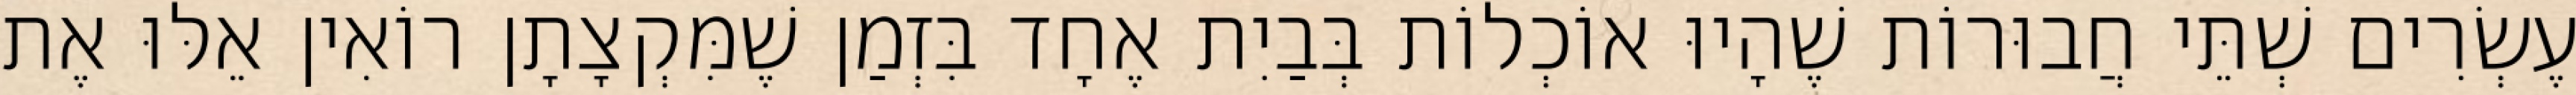
עֶשְׂרִים שְׁתֵּי חֲבוּרוֹת שֶׁהָיוּ אוֹכְלוֹת בְּבַיִת אֶחָד בִּזְמַן שֶׁמִּקְצָתָן רוֹאִין אֵלּוּ אֶת